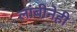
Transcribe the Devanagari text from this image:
लांबीनेही